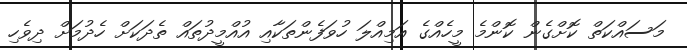
މަސައްކަތް ކޮށްގެން ކޮންމެ މީހެއްގެ އަމިއްލަ ހުވަފެންތަކާއި އުއްމީދުތައް ތެދަކަށް ހެދުމަށް ދިވެހި